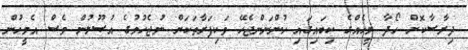
ދިރާސާކޮށް ހޯދާ މީހެއްގެ ކިބައިގައި ހުންނަންޖެހޭ ވަކިފަރާތަކަށް ނުޖެހުމުގެ އުޞޫލުން ވެސް އެމީހުން